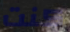
كنت